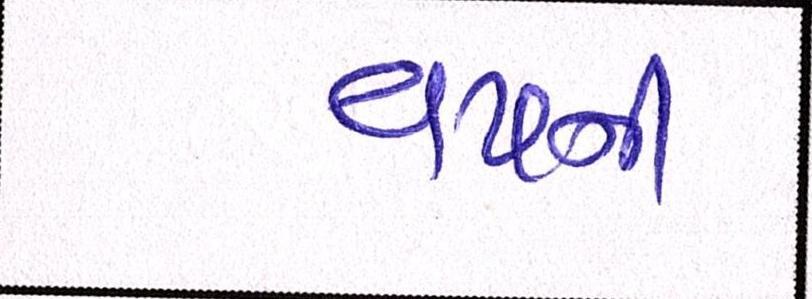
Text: વયની